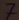
Text: 7